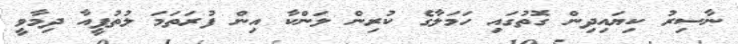
ނާސިރު ކިޔައިދިން ގޮތުގައި ހަމަލާގެ ކުރިން ލަންކާ އިން ފުރަތަމަ ލުތުފީއާ ދިމާވީ